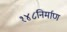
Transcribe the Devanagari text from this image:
१४८निर्माण